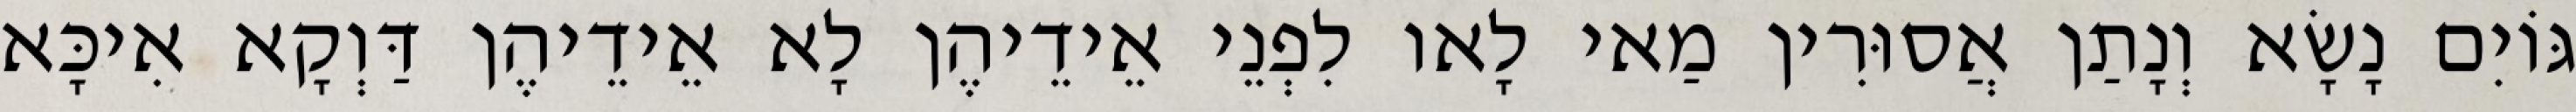
גּוֹיִם נָשָׂא וְנָתַן אֲסוּרִין מַאי לָאו לִפְנֵי אֵידֵיהֶן לָא אֵידֵיהֶן דַּוְקָא אִיכָּא